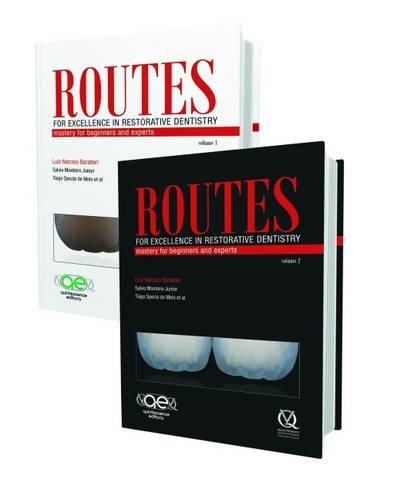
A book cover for Routes for Excellence in Restorative Dentistry: Mastery for Beginners and Experts; Luiz Narciso Baratieri; Medical Books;